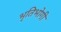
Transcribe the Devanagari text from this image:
भृतिभोगी